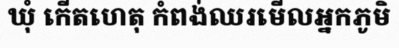
ឃុំ កើតហេតុ កំពង់ឈរមើលអ្នកភូមិ